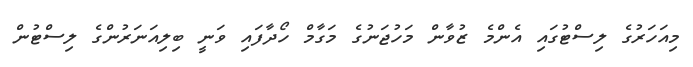
މިއަހަރުގެ ލިސްޓުގައި އެންމެ ޒުވާން މަހުޖަނުގެ މަގާމް ހޯދާފައި ވަނީ ބިލިއަނަރުންގެ ލިސްޓުން